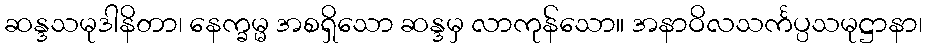
ဆန္ဒသမုဒါနိတာ၊ နေက္ခမ္မ အစရှိသော ဆန္ဒမှ လာကုန်သော။ အနာဝိလသင်္ကပ္ပသမုဋ္ဌာနာ၊